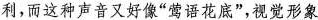
利，而这种声音又好像”莺语花底”，视觉形象